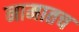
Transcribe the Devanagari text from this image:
नामातच